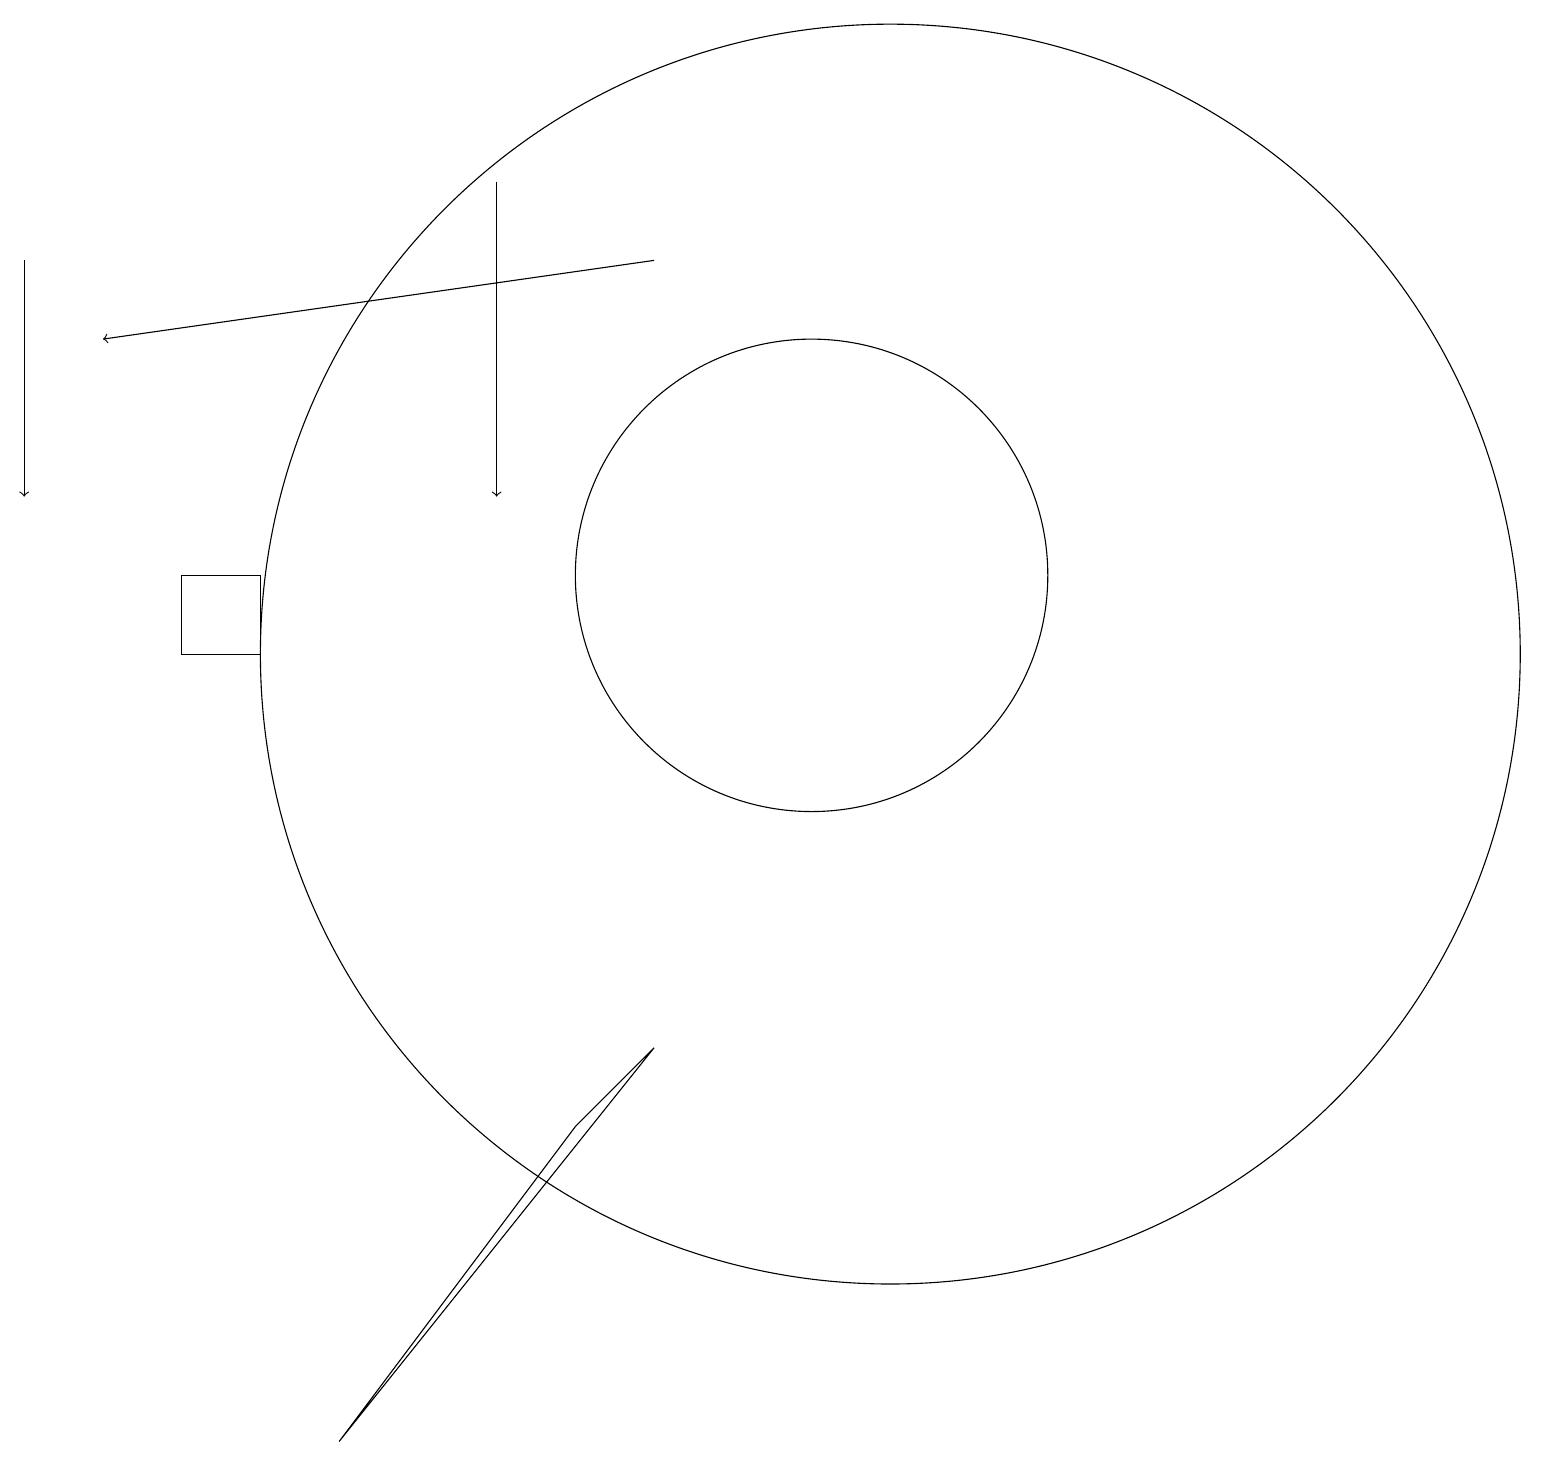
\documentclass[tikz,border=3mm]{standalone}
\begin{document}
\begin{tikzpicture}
\draw[->] (7,16) -- (7,12);
\draw[->] (1,15) -- (1,12);
\draw[->] (9,15) -- (2,14);
\draw (10,10) circle (0);
\draw (8,4) -- (5,0) -- (9,5) -- cycle;
\draw (12,10) circle (8);
\draw (11,11) circle (3);
\draw (4,11) rectangle (3,10);
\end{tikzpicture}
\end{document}